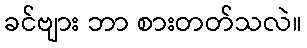
ခင်ဗျား ဘာ စားတတ်သလဲ။